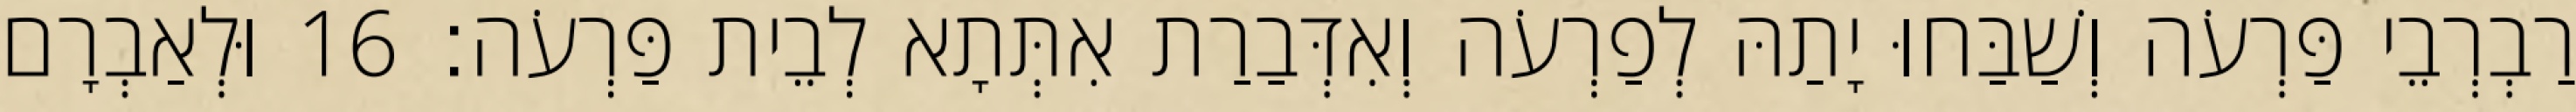
רַבְרְבֵי פַּרְעֹה וְשַׁבַּחוּ יָתַהּ לְפַרְעֹה וְאִדְּבַרַת אִתְּתָא לְבֵית פַּרְעֹה׃ 16 וּלְאַבְרָם